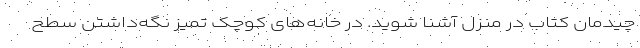
چیدمان کتاب در منزل آشنا شوید. در خانه‌های کوچک تمیز نگه‌داشتن سطح